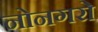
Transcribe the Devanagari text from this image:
नोनगरो